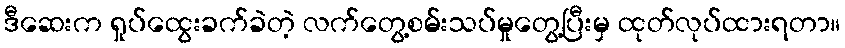
ဒီဆေးက ရှုပ်ထွေးခက်ခဲတဲ့ လက်တွေ့စမ်းသပ်မှုတွေ့ပြီးမှ ထုတ်လုပ်ထားရတာ။